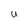
Character: u